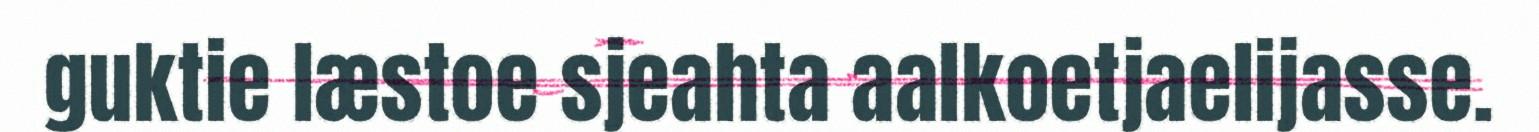
guktie læstoe sjeahta aalkoetjaelijasse.